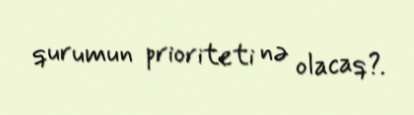
qurumun prioriteti nə olacaq?.